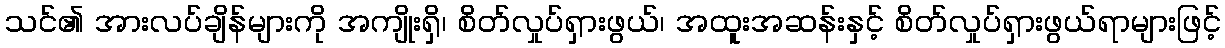
သင်၏ အားလပ်ချိန်များကို အကျိုးရှိ၊ စိတ်လှုပ်ရှားဖွယ်၊ အထူးအဆန်းနှင့် စိတ်လှုပ်ရှားဖွယ်ရာများဖြင့်